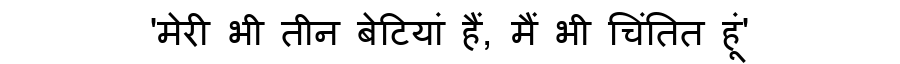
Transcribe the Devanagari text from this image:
'मेरी भी तीन बेटियां हैं, मैं भी चिंतित हूं'